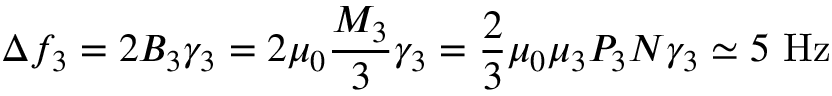
\Delta f _ { 3 } = 2 B _ { 3 } \gamma _ { 3 } = 2 \mu _ { 0 } \frac { M _ { 3 } } { 3 } \gamma _ { 3 } = \frac { 2 } { 3 } \mu _ { 0 } \mu _ { 3 } P _ { 3 } N \gamma _ { 3 } \simeq 5 ~ \mathrm { H z }